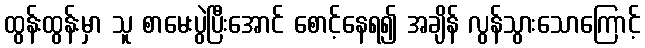
ထွန်းထွန်းမှာ သူ စာမေးပွဲပြီးအောင် စောင့်နေရ၍ အချိန် လွန်သွားသောကြောင့်